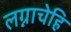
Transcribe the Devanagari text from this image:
लग्नाचेहि